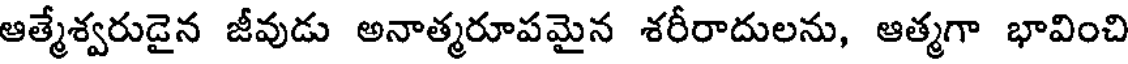
ఆత్మేశ్వరుడైన జీవుడు అనాత్మరూపమైన శరీరాదులను, ఆత్మగా భావించి